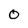
Character: 0